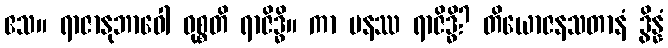
ဧသ။ ရာဇာနုဘာဝေါ ဝုစ္စတိ ရာဇိဒ္ဓိ။ ကာ ပနဿ ရာဇိဒ္ဓိ? တိယောဇနသတာနံ ဒွိန္နံ